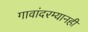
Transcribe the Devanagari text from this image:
गावांदरम्यानही